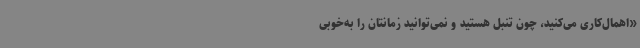
«اهمال‌کاری می‌کنید، چون تنبل هستید و نمی‌توانید زمانتان را به‌خوبی